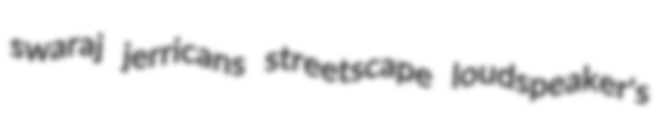
swaraj jerricans streetscape loudspeaker's